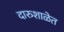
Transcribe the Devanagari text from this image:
दारुशाळेत